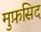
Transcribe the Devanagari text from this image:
मुफ़सिद